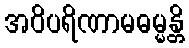
အဝိပရိဏာမဓမ္မန္တိ